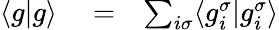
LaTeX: \begin{array}{rlr}{\langle g|g\rangle}&{{}=}&{\sum_{i\sigma}\langle g_{i}^{\sigma}|g_{i}^{\sigma}\rangle}\end{array}